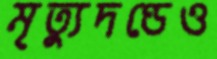
মৃত্যুদণ্ডেও